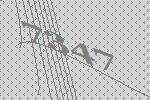
7347